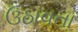
ઉઠાવતા